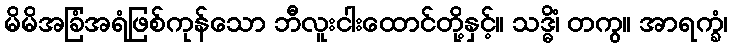
မိမိအခြံအရံဖြစ်ကုန်သော ဘီလူးငါးထောင်တို့နှင့်။ သဒ္ဓိံ၊ တကွ။ အာရက္ခံ၊